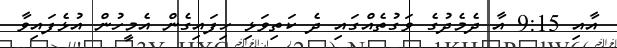
އާއި 9:15 އާ ދެމެދުގެ ވަގުތެއްގައި ދެ ކަތިވަޅި ހިފައިގެން އެމީހުން އުޅެފައިވާ